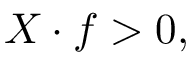
X \cdot f > 0 ,